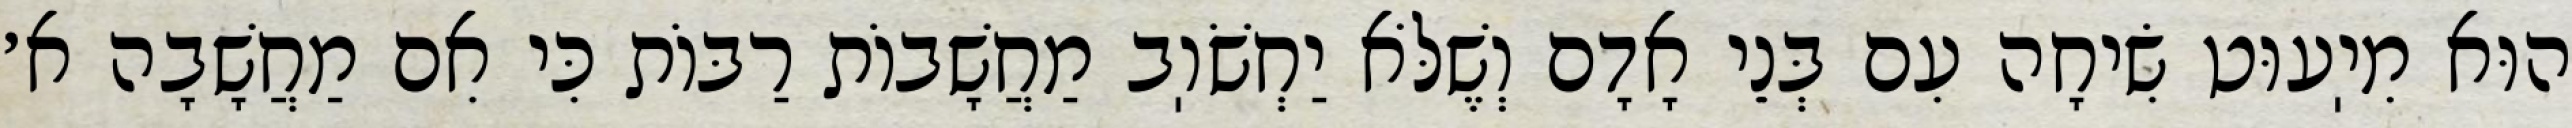
הוּא מִיֽעוּט שִׂיחָה עִם בְּנֵי אָדָם וְשֶׁלֹּא יַחְשֹׁוֽב מַחֲשָׁבוֹת רַבּוֹת כִּי אִם מַחֲשָׁבָה א׳